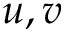
u , v